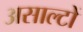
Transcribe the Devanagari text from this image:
असाल्टों